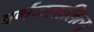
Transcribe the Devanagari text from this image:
वर्णनलालित्य